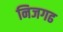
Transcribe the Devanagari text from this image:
निजगढ